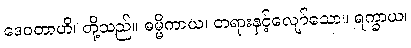
ဒေဝတာဟိ၊ တို့သည်။ ဓမ္မိကာယ၊ တရားနှင့်လျော်သော။ ရက္ခာယ၊